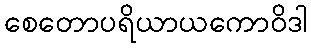
စေတောပရိယာယကောဝိဒါ